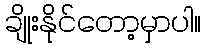
ချိုးနိုင်တော့မှာပါ။